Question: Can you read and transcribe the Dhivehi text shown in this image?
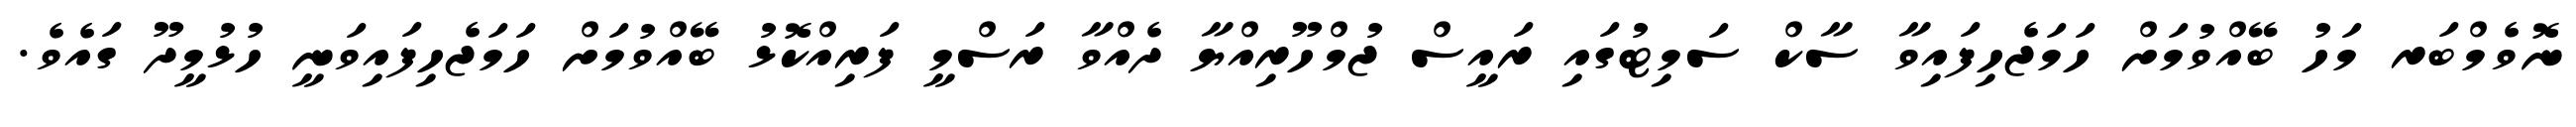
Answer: ނޮވެމްބަރ މަހު ބޭއްވުމަށް ހަމަޖެހިފައިވާ ސާކް ސަމިޓުގައި ރައީސް ޖުމްހޫރިއްޔާ ދެއްވާ ރަސްމީ ފަރިއްކޮޅު ބޭއްވުމަށް ހަމަޖެހިފައިވަނީ ހުޅުމީދޫ ގައެވެ.